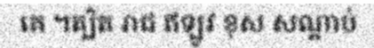
គេ ។ត្បិត រាជ ឥឡូវ ខុស សណ្តាប់